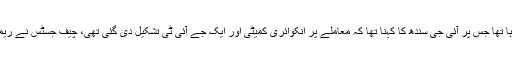
چیف جسٹس نے آئی جی سندھ سے استفسار کیا کہ اب تک تحقیقات کون کر رہا تھا جس پر آئی جی سندھ کا کہنا تھا کہ معاملے پر انکوائری کمیٹی اور ایک جے آئی ٹی تشکیل دی گئی تھی، چیف جسٹس نے ریمارکس میں کہا کہ آپس میں مشورے کے بعد جے آئی ٹی کا اعلان کریں گے۔